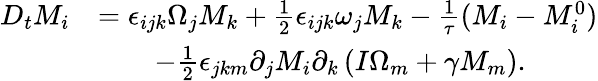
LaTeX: \begin{array}{rl}{D_{t}M_{i}}&{=\epsilon_{ijk}\Omega_{j}M_{k}+\frac{1}{2}\epsilon_{ijk}\omega_{j}M_{k}-\frac{1}{\tau}(M_{i}-M_{i}^{0})}\\ &{\quad\quad-\frac{1}{2}\epsilon_{jkm}\partial_{j}M_{i}\partial_{k}\left(I\Omega_{m}+\gamma M_{m}\right).}\end{array}